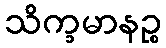
သိက္ခမာနဉ္စ